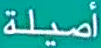
أصيلة